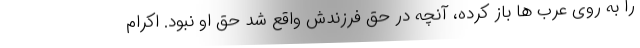
را به روی عرب ها باز کرده، آنچه در حق فرزندش واقع شد حق او نبود. اکرام